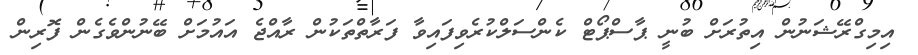
އިމިގްރޭޝަނުން އިތުރަށް ބުނީ ޕާސްޕޯޓް ކެންސަލްކުރެވިފައިވާ ފަރާތްތަކުން ރާއްޖެ އައުމަށް ބޭނުންވެގެން ފޮރިން